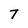
Character: 7